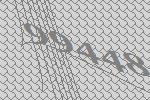
99448